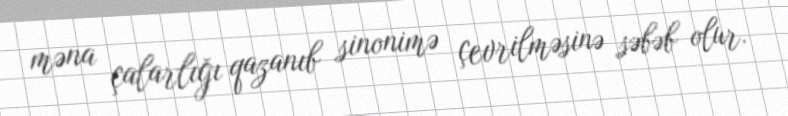
məna çalarlığı qazanıb sinonimə çevrilməsinə səbəb olur.